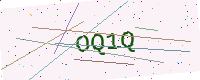
Text: OQ1Q